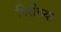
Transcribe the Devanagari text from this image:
गिरीच्या